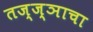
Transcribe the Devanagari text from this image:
तज्ज्ञाचा